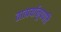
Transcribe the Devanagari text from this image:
तात्पर्यानुपपत्ति